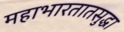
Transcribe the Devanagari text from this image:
महाभारतातसुद्धा